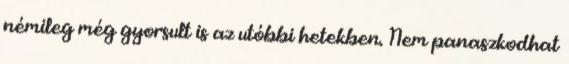
némileg még gyorsult is az utóbbi hetekben. Nem panaszkodhat